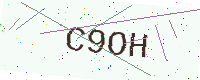
Text: C9OH